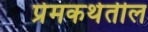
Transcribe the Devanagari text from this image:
प्रेमकथेतील